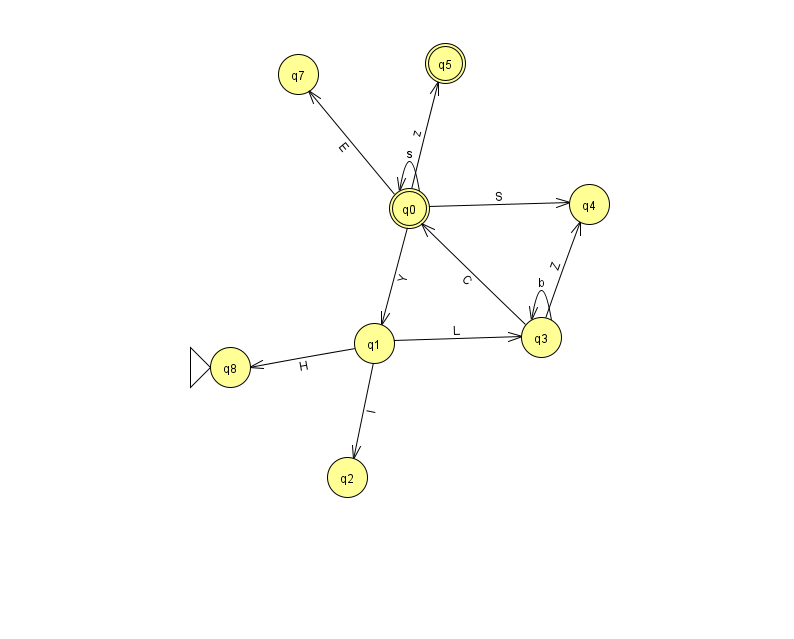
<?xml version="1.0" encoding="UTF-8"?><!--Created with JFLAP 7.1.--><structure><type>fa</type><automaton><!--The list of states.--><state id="0" name="q0"><x>409.0</x><y>195.0</y><final/></state><state id="1" name="q1"><x>374.0</x><y>330.0</y></state><state id="2" name="q2"><x>347.0</x><y>464.0</y></state><state id="3" name="q3"><x>541.0</x><y>324.0</y></state><state id="4" name="q4"><x>589.0</x><y>191.0</y></state><state id="5" name="q5"><x>445.0</x><y>50.0</y><final/></state><state id="7" name="q7"><x>298.0</x><y>61.0</y></state><state id="8" name="q8"><x>230.0</x><y>354.0</y><initial/></state><!--The list of transitions.--><transition><from>3</from><to>4</to><read>Z</read></transition><transition><from>3</from><to>3</to><read>b</read></transition><transition><from>0</from><to>0</to><read>s</read></transition><transition><from>1</from><to>2</to><read>l</read></transition><transition><from>1</from><to>3</to><read>L</read></transition><transition><from>3</from><to>0</to><read>C</read></transition><transition><from>0</from><to>5</to><read>z</read></transition><transition><from>1</from><to>8</to><read>H</read></transition><transition><from>0</from><to>1</to><read>Y</read></transition><transition><from>0</from><to>7</to><read>E</read></transition><transition><from>0</from><to>4</to><read>S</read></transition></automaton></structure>